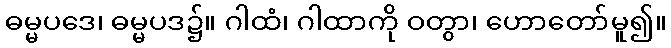
ဓမ္မပဒေ၊ ဓမ္မပဒ၌။ ဂါထံ၊ ဂါထာကို ဝတွာ၊ ဟောတော်မူ၍။